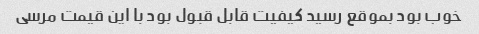
خوب بود بموقع رسید کیفیت قابل قبول بود با این قیمت مرسی